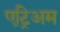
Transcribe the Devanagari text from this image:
एट्रिअम